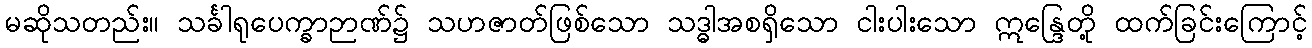
မဆိုသတည်း။ သင်္ခါရုပေက္ခာဉာဏ်၌ သဟဇာတ်ဖြစ်သော သဒ္ဓါအစရှိသော ငါးပါးသော ဣန္ဒြေတို့ ထက်ခြင်းကြောင့်